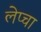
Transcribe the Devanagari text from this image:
लेप्‍चा